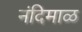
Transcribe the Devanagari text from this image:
नंदिमाळ